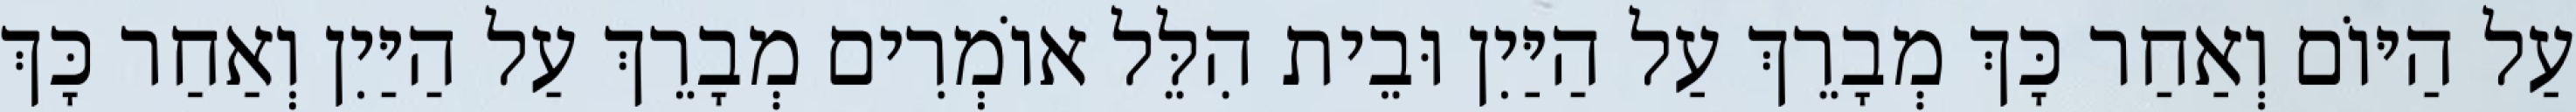
עַל הַיּוֹם וְאַחַר כָּךְ מְבָרֵךְ עַל הַיַּיִן וּבֵית הִלֵּל אוֹמְרִים מְבָרֵךְ עַל הַיַּיִן וְאַחַר כָּךְ